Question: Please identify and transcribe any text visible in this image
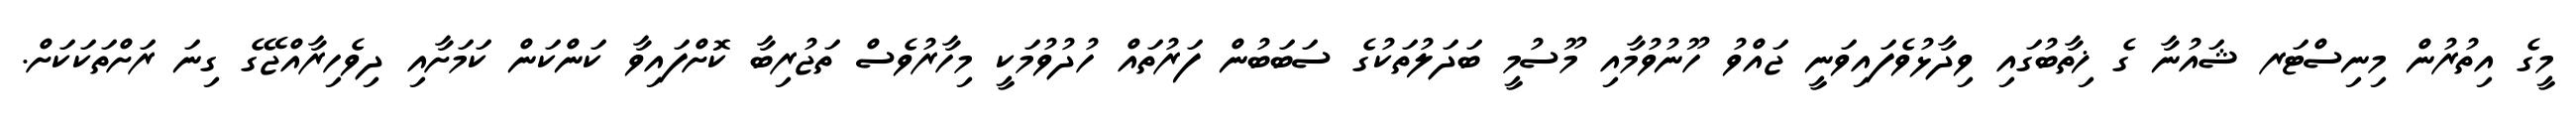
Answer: މީގެ އިތުރުން މިނިސްޓަރ ޝައުނާ ގެ ޚިތާބުގައި ވިދާޅުވެފައިވަނީ ޖައްވު ހޫނުވުމާއި މޫސުމީ ބަދަލުތަކުގެ ސަބަބުން ފަރުތައް ހުދުވުމަކީ މިހާރުވެސް ތަޖުރިބާ ކޮށްފައިވާ ކަންކަން ކަމަށާއި ދިވެހިރާއްޖޭގެ ގިނަ ރަށްތަކަކަށް.